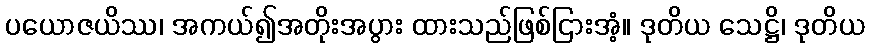
ပယောဇယိဿ၊ အကယ်၍အတိုးအပွား ထားသည်ဖြစ်ငြားအံ့။ ဒုတိယ သေဋ္ဌိ၊ ဒုတိယ